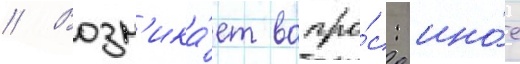
// Возн'ика́ет вопро́с: ино́е